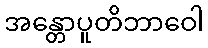
အန္တောပူတိဘာဝေါ